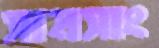
সামসাং